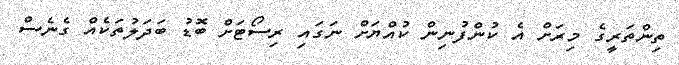
ތިންތަރީގެ މިރަށް އެ ކުންފުނިން ކުއްޔަށް ނަގައި ރިސޯޓަށް ބޮޑު ބަދަލުތަކެެއް ގެނެސް